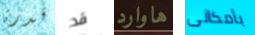
قدرة قد هاوارد بأمكانى